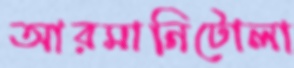
আরমানিটোলা